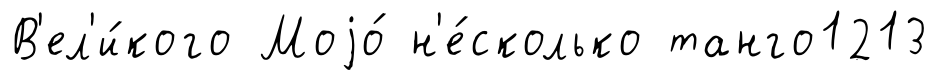
В'ел'и́кого Моjо́ н'е́сколько танго1213